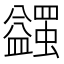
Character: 𧔈